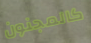
كالمجنون